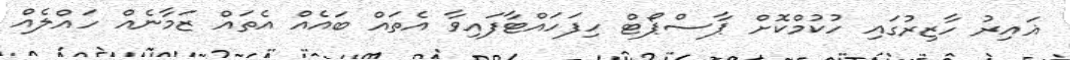
ޣައިރު ހާޒިރުގައި ހުކުމްކޮށް ޕާސްޕޯޓް ހިފަހައްޓާފައިވާ އެތައް ބައެއް އެތައް ޒަމާނެއް ހައްލެއް